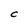
Character: C